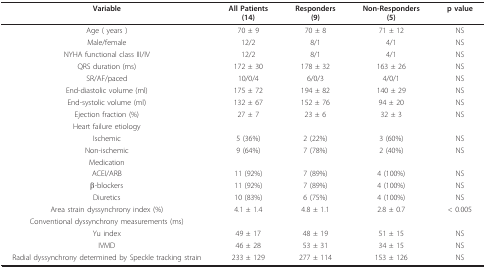
<table><thead><tr><td><b>Variable</b></td><td><b>All Patients(14)</b></td><td><b>Responders(9)</b></td><td><b>Non-Responders(5)</b></td><td><b>p value</b></td></tr></thead><tbody><tr><td>Age ( years )</td><td>70 ± 9</td><td>70 ± 8</td><td>71 ± 12</td><td>NS</td></tr><tr><td>Male/female</td><td>12/2</td><td>8/1</td><td>4/1</td><td>NS</td></tr><tr><td>NYHA functional class III/IV</td><td>12/2</td><td>8/1</td><td>4/1</td><td>NS</td></tr><tr><td>QRS duration (ms)</td><td>172 ± 30</td><td>178 ± 32</td><td>163 ± 26</td><td>NS</td></tr><tr><td>SR/AF/paced</td><td>10/0/4</td><td>6/0/3</td><td>4/0/1</td><td>NS</td></tr><tr><td>End-diastolic volume (ml)</td><td>175 ± 72</td><td>194 ± 82</td><td>140 ± 29</td><td>NS</td></tr><tr><td>End-systolic volume (ml)</td><td>132 ± 67</td><td>152 ± 76</td><td>94 ± 20</td><td>NS</td></tr><tr><td>Ejection fraction (%)</td><td>27 ± 7</td><td>23 ± 6</td><td>32 ± 3</td><td>NS</td></tr><tr><td>Heart failure etiology</td><td>[EMPTY_CELL]</td><td>[EMPTY_CELL]</td><td>[EMPTY_CELL]</td><td>[EMPTY_CELL]</td></tr><tr><td>Ischemic</td><td>5 (36%)</td><td>2 (22%)</td><td>3 (60%)</td><td>NS</td></tr><tr><td>Non-ischemic</td><td>9 (64%)</td><td>7 (78%)</td><td>2 (40%)</td><td>NS</td></tr><tr><td>Medication</td><td>[EMPTY_CELL]</td><td>[EMPTY_CELL]</td><td>[EMPTY_CELL]</td><td>[EMPTY_CELL]</td></tr><tr><td>ACEI/ARB</td><td>11 (92%)</td><td>7 (89%)</td><td>4 (100%)</td><td>NS</td></tr><tr><td>β-blockers</td><td>11 (92%)</td><td>7 (89%)</td><td>4 (100%)</td><td>NS</td></tr><tr><td>Diuretics</td><td>10 (83%)</td><td>6 (75%)</td><td>4 (100%)</td><td>NS</td></tr><tr><td>Area strain dyssynchrony index (%)</td><td>4.1 ± 1.4</td><td>4.8 ± 1.1</td><td>2.8 ± 0.7</td><td>&lt; 0.005</td></tr><tr><td>Conventional dyssynchrony measurements (ms)</td><td>[EMPTY_CELL]</td><td>[EMPTY_CELL]</td><td>[EMPTY_CELL]</td><td>[EMPTY_CELL]</td></tr><tr><td>Yu index</td><td>49 ± 17</td><td>48 ± 19</td><td>51 ± 15</td><td>NS</td></tr><tr><td>IVMD</td><td>46 ± 28</td><td>53 ± 31</td><td>34 ± 15</td><td>NS</td></tr><tr><td>Radial dyssynchrony determined by Speckle tracking strain</td><td>233 ± 129</td><td>277 ± 114</td><td>153 ± 126</td><td>NS</td></tr></tbody></table>